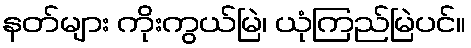
နတ်များ ကိုးကွယ်မြဲ၊ ယုံကြည်မြဲပင်။